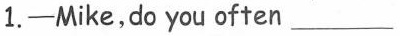
1.-Mike,do you often ___